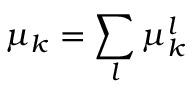
\mu _ { k } = \sum _ { l } \mu _ { k } ^ { l }